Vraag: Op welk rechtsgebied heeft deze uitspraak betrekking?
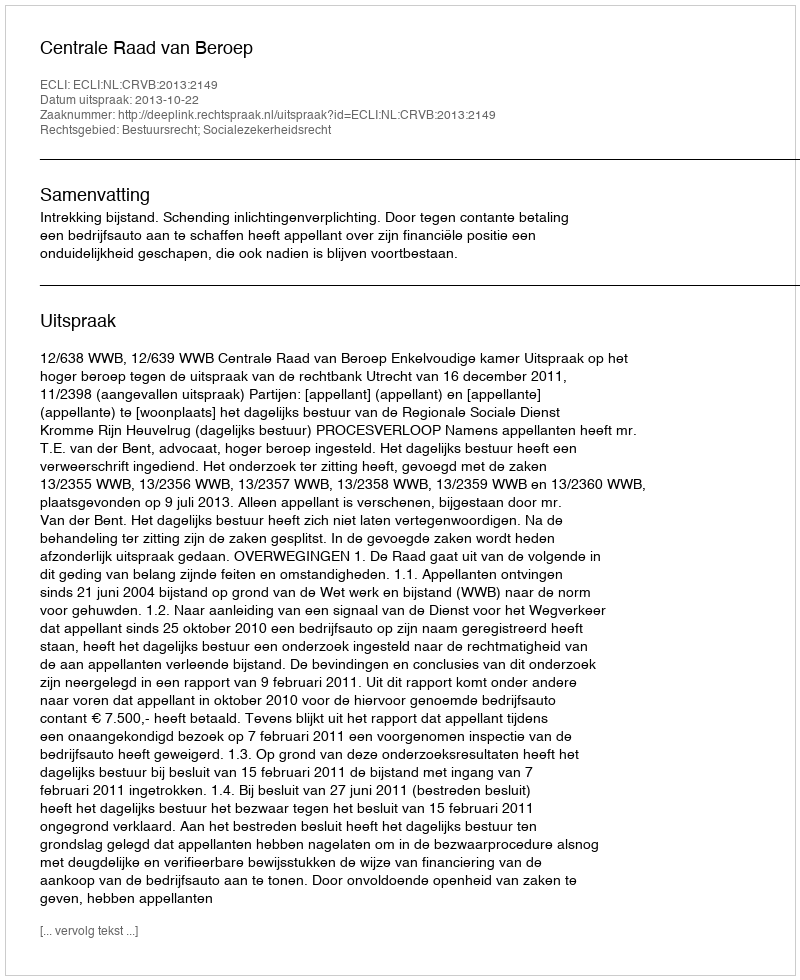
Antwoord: Bestuursrecht; Socialezekerheidsrecht